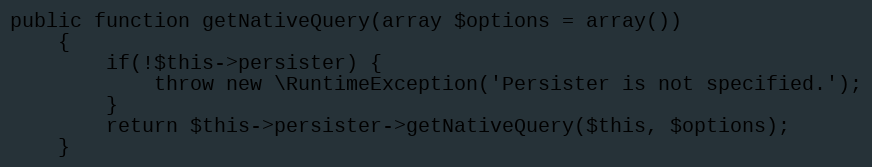
Language: PHP
public function getNativeQuery(array $options = array())
    {
        if(!$this->persister) {
            throw new \RuntimeException('Persister is not specified.');
        }
        return $this->persister->getNativeQuery($this, $options);
    }